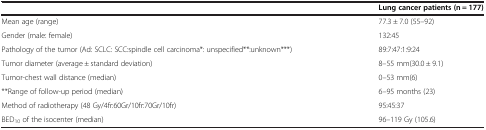
<table><thead><tr><td><b> </b></td><td><b>Lung cancer patients (n = 177)</b></td></tr></thead><tbody><tr><td>Mean age (range)</td><td>77.3 ± 7.0 (55–92)</td></tr><tr><td>Gender (male: female)</td><td>132:45</td></tr><tr><td>Pathology of the tumor (Ad: SCLC: SCC:spindle cell carcinoma*: unspecified**:unknown***)</td><td>89:7:47:1:9:24</td></tr><tr><td>Tumor diameter (average ± standard deviation)</td><td>8–55 mm(30.0 ± 9.1)</td></tr><tr><td>Tumor-chest wall distance (median)</td><td>0–53 mm(6)</td></tr><tr><td>**Range of follow-up period (median)</td><td>6–95 months (23)</td></tr><tr><td>Method of radiotherapy (48 Gy/4fr:60Gr/10fr:70Gr/10fr)</td><td>95:45:37</td></tr><tr><td>BED<sub>10</sub> of the isocenter (median)</td><td>96–119 Gy (105.6)</td></tr></tbody></table>